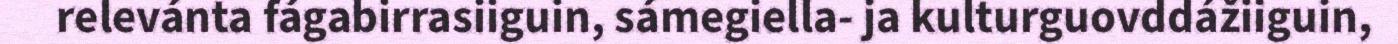
relevánta fágabirrasiiguin, sámegiella- ja kulturguovddážiiguin,